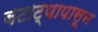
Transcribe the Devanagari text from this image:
बटाट्यापासून